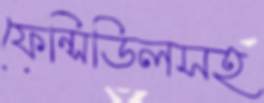
ফেন্সিডিলসহ